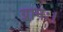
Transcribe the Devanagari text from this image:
ग्रामः।